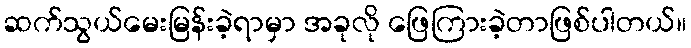
ဆက်သွယ်မေးမြန်းခဲ့ရာမှာ အခုလို ဖြေကြားခဲ့တာဖြစ်ပါတယ်။